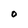
Character: O